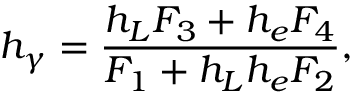
h _ { \gamma } = \frac { h _ { L } F _ { 3 } + h _ { e } F _ { 4 } } { F _ { 1 } + h _ { L } h _ { e } F _ { 2 } } ,